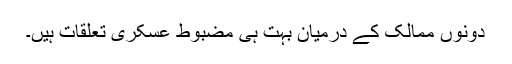
دونوں ممالک کے درمیان بہت ہی مضبوط عسکری تعلقات ہیں۔